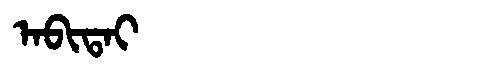
Manchu: ᠠᠪᡳᡨᠠᡳ
Romanization: ABITAI